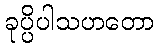
ခုပ္ပိပါသဟတော